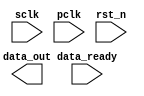
// Clock domain crossing handshaking from sclk to pclk
// 2022/7/27
// Jorden

module cdc_test(             
	input sclk, pclk,          // two different clock domain
	input rst_n,
	input data_ready,       // the input of data_sclk 
	output reg [5:0] data_out // the output of data_pclk
);
reg [2:0] state, n_state;
reg [5:0] data_sclk , n_data_sclk; // send data
reg [5:0] data_pclk , n_data_pclk; // receive data

reg data_transfer_pclk , n_data_transfer_pclk; // 2022/8/8

reg req_sclk, n_req_sclk, req_sample_1_pclk, req_sample_2_pclk; // request from sclk domain to pclk domain
reg ack_pclk, n_ack_pclk, ack_sample_1_sclk, ack_sample_2_sclk; // acknowledge from pclk domain to sclk domain
 



parameter IDLE = 3'd0, TRANSFER = 3'd1;
//***************************************
//*               FSM                   *  
//***************************************
always@(*) begin
	n_req_sclk = 0;
	n_ack_pclk = 0;
	
	n_data_sclk = 0;
	n_data_pclk = 0;
	n_data_transfer_pclk = 0;
	
	case (state)
		IDLE: begin
			n_req_sclk = req_sclk;
			n_ack_pclk = ack_pclk;
			
			if (data_ready) begin
				n_state = TRANSFER;
				n_data_sclk = data_sclk;
				n_data_pclk = data_pclk;
				n_req_sclk = 1;
			end
			else begin
				n_state = IDLE;
				n_data_sclk = data_sclk;
				n_data_pclk = data_pclk;
				n_req_sclk = 0;
			end
			
			
			
		end
		
		TRANSFER: begin
			n_req_sclk = req_sclk;
			n_ack_pclk = ack_pclk;
			
			n_data_pclk = data_pclk;
		

			
			if (req_sclk == 1) begin
				n_data_sclk = data_sclk;
			end
			else if (req_sclk == 0 && ack_sample_2_sclk == 0) begin
				n_data_sclk = data_sclk;
			end
			else begin 
				n_data_sclk = data_sclk + 1;
			end
			

			if (ack_pclk == 0 && req_sample_2_pclk) begin
				n_data_transfer_pclk = 1;
				n_data_pclk = data_sclk;
			end
			
			if (data_transfer_pclk == 1) begin
				n_data_transfer_pclk = 0;
				n_ack_pclk = 1;
			end
			
			
			
			if (req_sclk == 1 && ack_sample_2_sclk) 
				n_req_sclk = 0;
			
			if (ack_pclk == 1 && ~req_sample_2_pclk) 
				n_ack_pclk = 0;
				

			if (req_sclk == 0 && ack_sample_2_sclk == 0) begin
				n_req_sclk = 1;
				n_data_sclk = data_sclk;
			end
		
		end
		

	
	endcase 
end

always@(posedge sclk) begin
	if (~rst_n) begin
		state <= IDLE;
	end
	else begin
		state <= n_state;
	end

end







always@(posedge sclk) begin
	if (~rst_n) begin
	
		data_sclk <= 0;
		req_sclk <= 0;
	
		ack_sample_1_sclk <= 0;	
		ack_sample_2_sclk <= 0;
	end
	else begin
		data_sclk <= n_data_sclk;
	
		req_sclk <= n_req_sclk;
	
		ack_sample_1_sclk <= ack_pclk;
		ack_sample_2_sclk <= ack_sample_1_sclk;
	end

end



always@(posedge pclk) begin
	if (~rst_n) begin
		data_pclk <= 0;
		ack_pclk <= 0;
	
		req_sample_1_pclk <= 0;	
		req_sample_2_pclk <= 0;
		data_transfer_pclk <= 0;
		
	end
	else begin
		data_pclk <= n_data_pclk;
		ack_pclk <= n_ack_pclk;
	
		req_sample_1_pclk <= req_sclk;
		req_sample_2_pclk <= req_sample_1_pclk;
		data_transfer_pclk <= n_data_transfer_pclk;
	end

end

endmodule